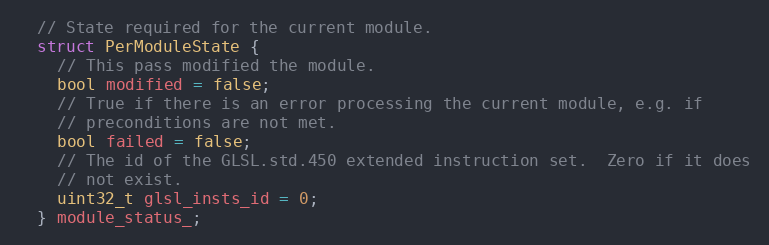
Language: C
  // State required for the current module.
  struct PerModuleState {
    // This pass modified the module.
    bool modified = false;
    // True if there is an error processing the current module, e.g. if
    // preconditions are not met.
    bool failed = false;
    // The id of the GLSL.std.450 extended instruction set.  Zero if it does
    // not exist.
    uint32_t glsl_insts_id = 0;
  } module_status_;